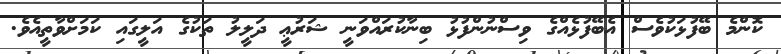
ކޮންމެ ބޭފުޅަކުވެސް އެބޭފުޅެއްގެ ވިސްނުންފުޅު ބިނާކުރައްވަނީ ޝަރުޢީ ދަލީލު ތަކުގެ އަލީގައި ކަމަށްވާތީއެވެ.